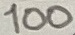
Text: 2N4870